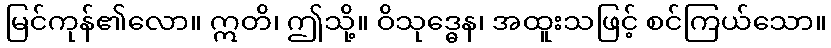
မြင်ကုန်၏လော။ ဣတိ၊ ဤသို့။ ဝိသုဒ္ဓေန၊ အထူးသဖြင့် စင်ကြယ်သော။